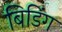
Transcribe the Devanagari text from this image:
बिडिंग